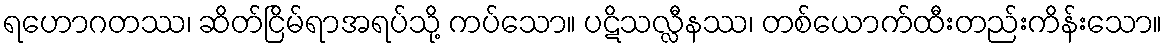
ရဟောဂတဿ၊ ဆိတ်ငြိမ်ရာအရပ်သို့ ကပ်သော။ ပဋိသလ္လီနဿ၊ တစ်ယောက်ထီးတည်းကိန်းသော။